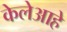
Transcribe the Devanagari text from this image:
केलेआहे